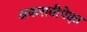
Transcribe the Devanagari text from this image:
अकरावीपेक्षा